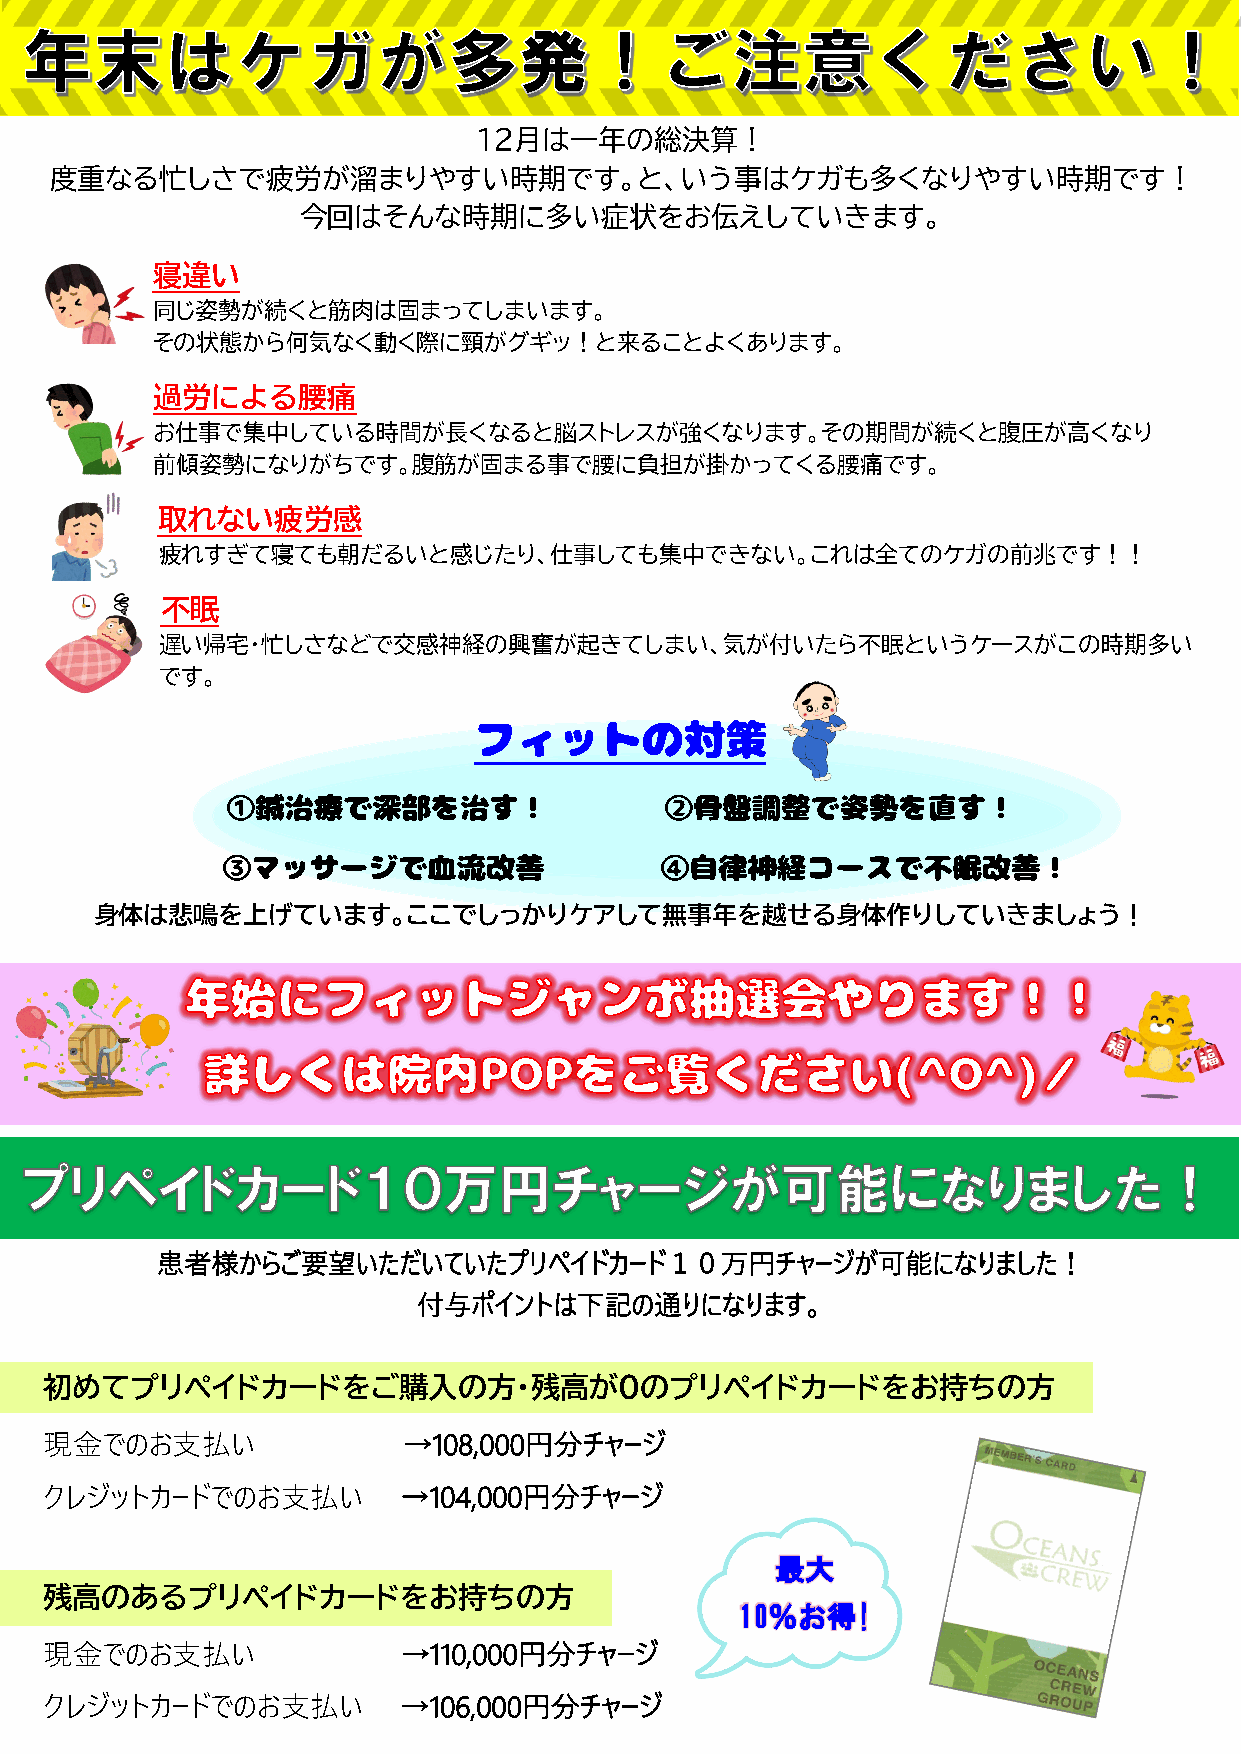
１２月は一年の総決算！
 度重なる忙しさで疲労が溜まりやすい時期です。と、いう事はケガも多くなりやすい時期です！
 今回はそんな時期に多い症状をお伝えしていきます。
 寝違い
 同じ姿勢が続くと筋肉は固まってしまいます。
 その状態から何気なく動く際に頸がグギッ！と来ることよくあります。
 過労による腰痛
 お仕事で集中している時間が長くなると脳ストレスが強くなります。その期間が続くと腹圧が高くなり
 前傾姿勢になりがちです。腹筋が固まる事で腰に負担が掛かってくる腰痛です。
 取れない疲労感
 疲れすぎて寝ても朝だるいと感じたり、仕事しても集中できない。これは全てのケガの前兆です！！
 不眠
 遅い帰宅・忙しさなどで交感神経の興奮が起きてしまい、気が付いたら不眠というケースがこの時期多い
 です。
 身体は悲鳴を上げています。ここでしっかりケアして無事年を越せる身体作りしていきましょう！
 患者様からご要望いただいていたプリペイドカード１０万円チャージが可能になりました！
 付与ポイントは下記の通りになります。
 初めてプリペイドカードをご購入の方・残高が０のプリペイドカードをお持ちの方
 現金でのお支払い                →108,000円分チャージ
 クレジットカードでのお支払い         →104,000円分チャージ
 最大
 残高のあるプリペイドカードをお持ちの方
 10％お得!
 現金でのお支払い                →110,000円分チャージ
 クレジットカードでのお支払い         →106,000円分チャージ